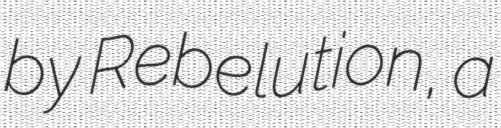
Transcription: by Rebelution, a